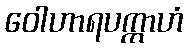
ဝေါဟာရပက္ကာဟံ